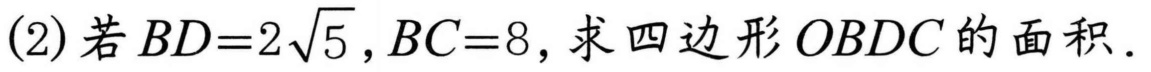
(2) 若\(BD = 2\sqrt{5},BC = 8\)，求四边形\(OBDC\)的面积.